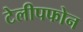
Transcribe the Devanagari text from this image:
टेलीपफोन